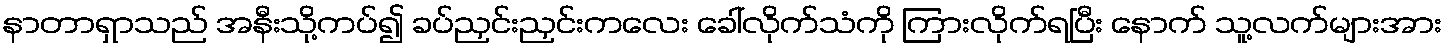
နာတာရှာသည် အနီးသို့ကပ်၍ ခပ်ညှင်းညှင်းကလေး ခေါ်လိုက်သံကို ကြားလိုက်ရပြီး နောက် သူ့လက်များအား